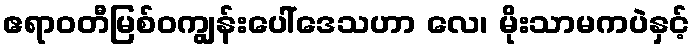
ဧရာဝတီမြစ်ဝကျွန်းပေါ်ဒေသဟာ လေ၊ မိုးသာမကပဲနှင့်